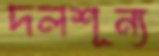
দলশূন্য